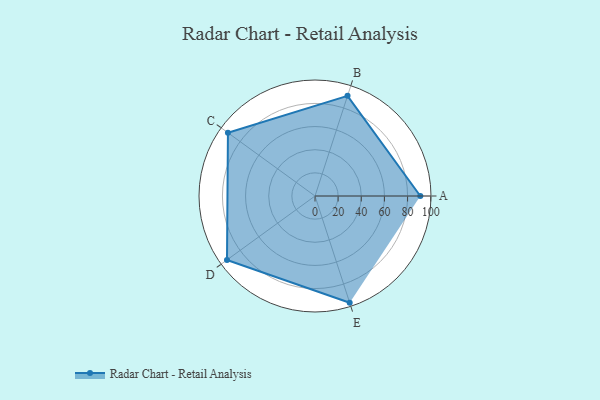
{"axis": {"x": "Skill", "y": "Score"}, "legend": ["Profile"], "data": [{"x": "A", "y": 91.0, "type": "Profile"}, {"x": "B", "y": 91.0, "type": "Profile"}, {"x": "C", "y": 93.0, "type": "Profile"}, {"x": "D", "y": 94.0, "type": "Profile"}, {"x": "E", "y": 97.0, "type": "Profile"}]}